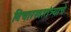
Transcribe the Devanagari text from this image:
विचारस्वातंत्र्याचे